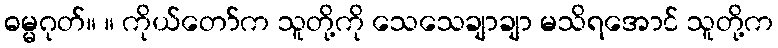
ဓမ္မဂုတ်။ ။ ကိုယ်တော်က သူတို့ကို သေသေချာချာ မသိရအောင် သူတို့က